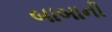
બાબાની